Vital statistics of India. Vol. VI, European troops 1870-79
Year: 1870
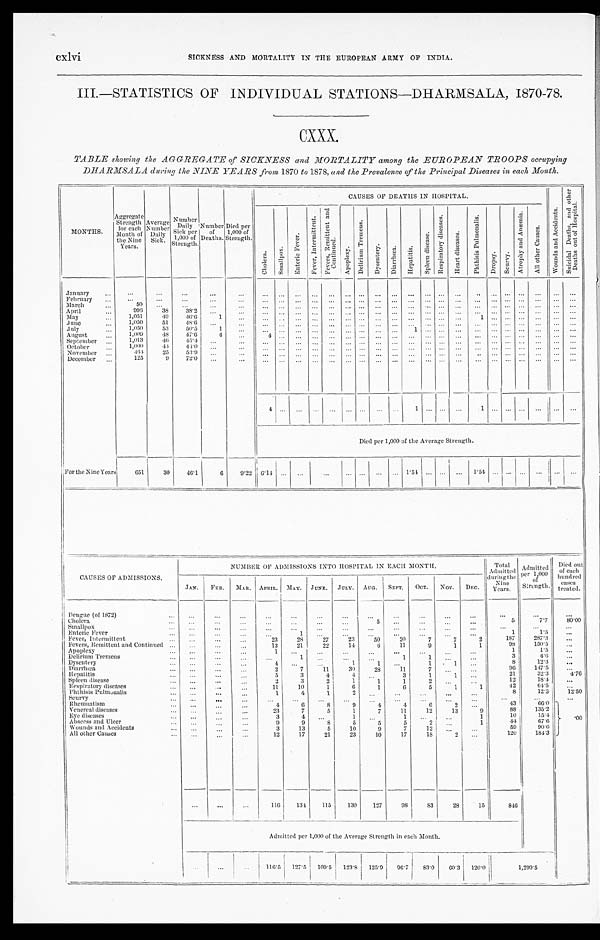
SICKNESS AND MORTALITY IN THE EUROPEAN ARMY OF INDIA.
cxlvi
III.—STATISTICS OF INDIVIDUAL STATIONS—DHARMSALA, 1870-78.
CXXX.
TABLE showing the AGGREGATE of SICKNESS and MORTALITY among the EUROPEAN TROOPS occupying
DHARMSALA during the NINE YEARS from 1870 to 1878, and the Prevalence of the Principal Diseases in each Month.
MONTHS.
Aggregat
e Strength
for each
Month of
the Nine
Years.
Average Number
Daily
Sick.
Number
Da i l y Si c k p e r 1 , 0 0 0 o f
Strength.
N u m b e r o f
Deaths.
Died per
1,000 of
Strength.
CAUSES OF DEATHS I N HOSPI TAL.
W o u n d s a n d A c c i d e n t s .
S u i c i d a l D e a t h s , a n d o t h e r D e a t h s o u t o f H o s p i t a l .
C h o l e r a .
S m a l l p o x .
E n t e r i c F e v e r .
F e v e r , I n t e r m i t t e n t . F e v e r s , R e m i t t e n t a n d C o n t i n u e d .
A p o p l e x y .
D e l i r i u m T r e m e n s .
D y s e n t e r y . D i a r r h œ a .
H e p a t i t i s .
S p l e e n d i s e a s e .
R e s p i r a t o r y d i s e a s e s .
H e a r t d i s e a s e s .
P h t h i s i s P u l m o n a l i s .
D r o p s y .
S c u r v y .
A t r o p h y a n d A n æ m i a .
A l l o t h e r C a u s e s .
January February
March
50
April
996
38 38.2
May
1,051
49 46.6
1
1
June
1,050
51
48.6
July
1,050
53
50.5
1
1
August
1,009 48 47.6
4
4
September
1,013
46 45.4
October
1,000
4 4 44.0
November
464 25 53.9
December
125
9 72.0
4
1
1
Died per 1,000 of the Average Strength.
For the Nine Years
651
30 46.1
6 9.22 6 . 1 4
1 . 5 4
1 . 5 4
CAUSES OF ADMISSIONS.
NUMBER OF ADMI S S I ONS I NTO HOS P I TAL, I N EACH MONTH.
Tot al Admi t t ed dur i ng t he Ni ne Year s .
Admitted per 1,000 of Strength.
Died out
of each
hundred
cases treated.
JAN. FEB. MAR. APRIL. MAY. JUNE. JULY. AUG. SEPT. OCT. NOV. DEC.
Dengue (of 1872)
Cholera
5
5
7 . 7
80.00
Smallpox
Enteric Fever
1
1
1 . 5
Fever, Intermittent
23
28
27
23
50
20
7
7
2
187 287.3
Fevers, Remittent and Continued
13
21
22
14
6
11
9
1
1
98 150.5
Apoplexy
1
1
1 . 5
Delirium Tremens
1
1
1
3
4 . 6
Dysentery
4
1
1
1
1
8
1 2 . 3
Diarrhœa
2
7
11
30 28
11
7
96
1 4 7 . 5
Hepatitis
5
3
4
4
3
1
1
21
3 2 . 3
4. 76
Spleen disease
2
3
2
1
1
1
2
12 1 8 . 4
Respiratory diseases
11
10
1
6
1
6
5
1
1
42
6 4 . 5
Phthisis Pulmonalis
1
4
1
2
8
1 2 . 3
12.50
Scurvy Rheumatism
4
6
8
9
4
4
6
2
43
6 6 . 0
.00
Venereal diseases
23
7
5
1
7
11
12
13
9
88
1 3 5 . 2
Eye diseases
3
4
1
1
1
10
15.4
Abscess and Ulcer
9
9
8
5
5
5
2
1
44
67.6
W o u n d s a n d A c c i d e n t s
3
13
5
10
9
7
12
59
90.6
All other Causes
12
17
21
23
10
17
18
2
120
184.3
116 134 115 130 127
98 83
28
15
846
Admitted per 1,000 of the Average Strength in each Month.
116.5 127.5 109.5 123.8 125.9 96.7 83.0 60.3 120.0
1,299.5